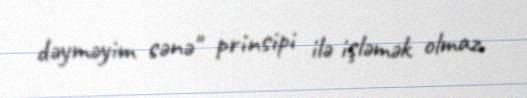
dəyməyim sənə" prinsipi ilə işləmək olmaz.